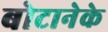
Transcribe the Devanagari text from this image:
बोटानेके